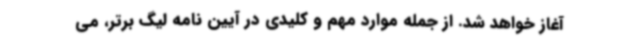
آغاز خواهد شد. از جمله موارد مهم و کلیدی در آیین نامه لیگ برتر، می